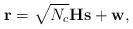
LaTeX: \begin{align*}\mathbf{r} = \sqrt{N_c}\mathbf{H}\mathbf{s} + \mathbf{w},\end{align*}